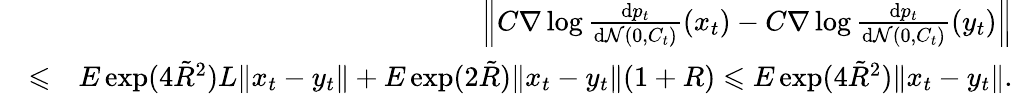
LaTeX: \begin{array}{rlr}&{}&{\left\| C\nabla\log\frac{\mathrm{d}p_{t}}{\mathrm{d}\mathcal{N}(0,C_{t})}(x_{t})-C\nabla\log\frac{\mathrm{d}p_{t}}{\mathrm{d}\mathcal{N}(0,C_{t})}(y_{t})\right\| }\\ &{\leqslant}&{E\exp(4\tilde{R}^{2})L\| x_{t}-y_{t}\| +E\exp(2\tilde{R})\| x_{t}-y_{t}\| (1+R)\leqslant E\exp(4\tilde{R}^{2})\| x_{t}-y_{t}\| .}\end{array}